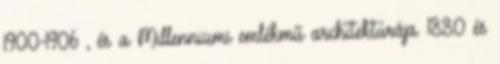
1900-1906 , és a Millenniumi emlékmű architektúrája. 1880 és